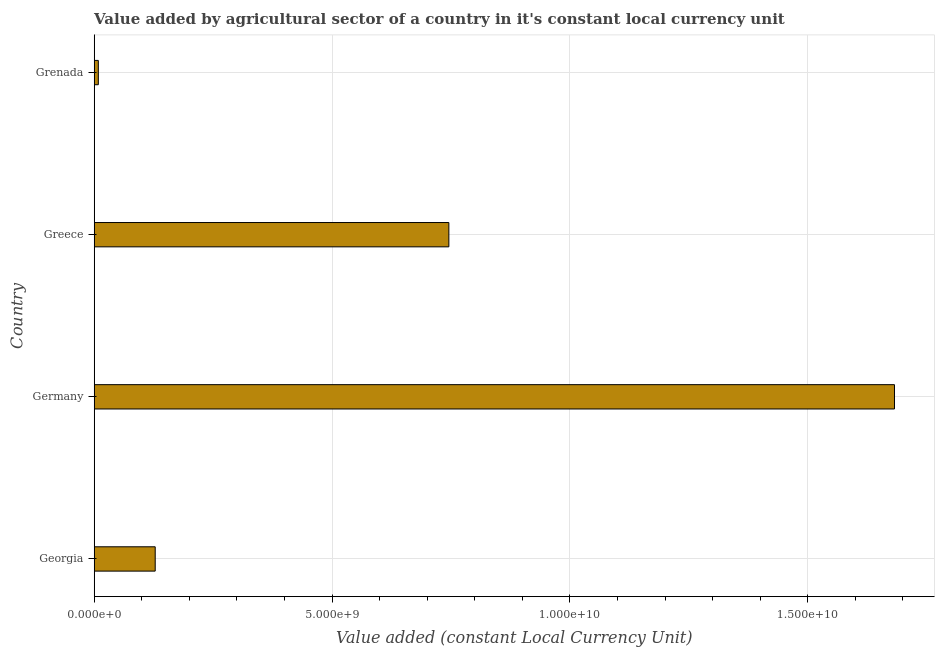
| Country | Agriculture |
 | --- | --- |
 | Georgia | 1.28e+09 |
 | Germany | 1.68e+10 |
 | Greece | 7.45e+09 |
 | Grenada | 8.68e+07 |